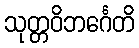
သုတ္တဝိဘင်္ဂေတိ